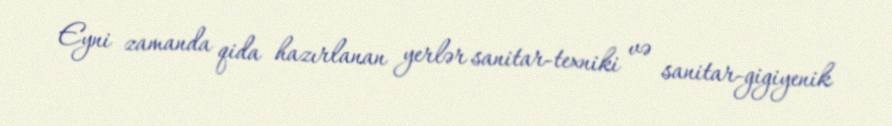
Eyni zamanda qida hazırlanan yerlər sanitar-texniki və sanitar-gigiyenik